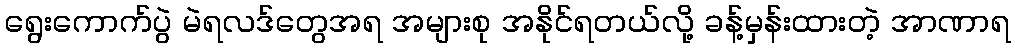
ရွေးကောက်ပွဲ မဲရလဒ်တွေအရ အများစု အနိုင်ရတယ်လို့ ခန့်မှန်းထားတဲ့ အာဏာရ